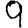
Digit: 9